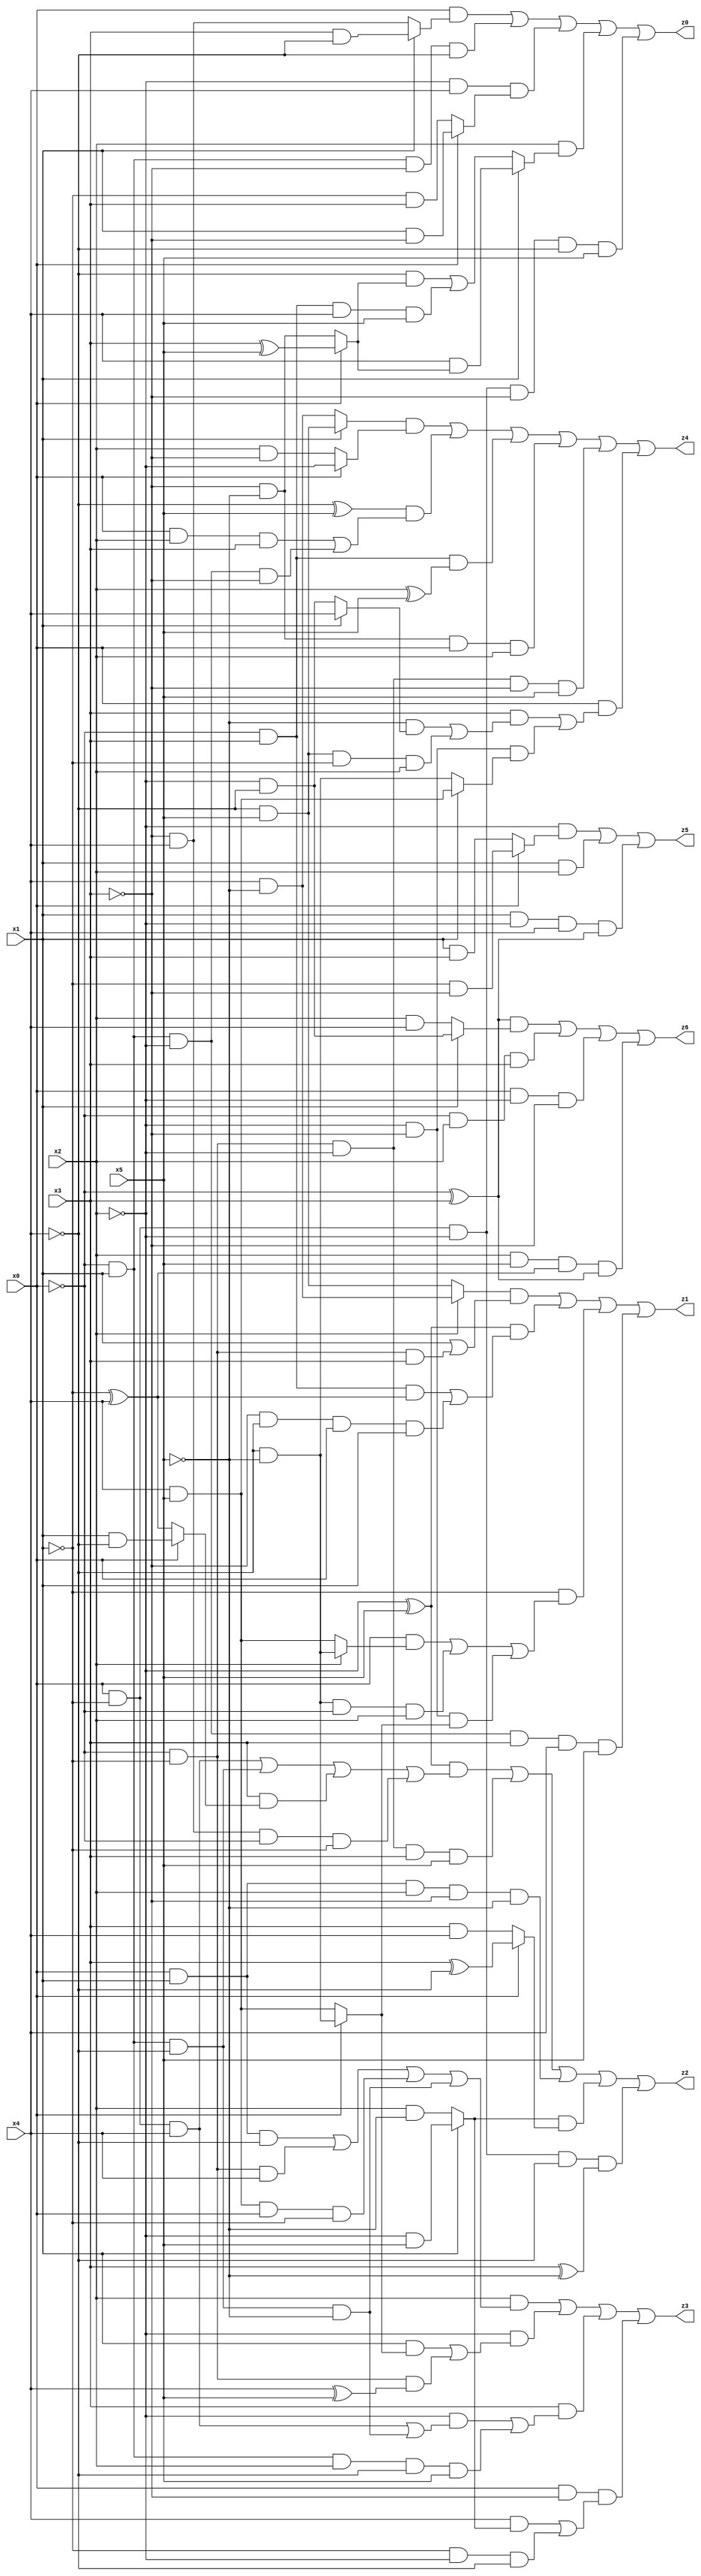
// Benchmark "X_13" written by ABC on Thu Jun 29 21:15:25 2023

module X_13 ( 
    x0, x1, x2, x3, x4, x5,
    z0, z1, z2, z3, z4, z5, z6  );
  input  x0, x1, x2, x3, x4, x5;
  output z0, z1, z2, z3, z4, z5, z6;
  assign z0 = (x0 & (x1 ? (x3 & ~x4) : (~x3 & x4))) | (~x0 & x1 & ~x3 & ~x4) | (~x2 & x4 & (x0 ? (x1 & ~x3) : (~x1 & x3))) | (x2 & (x1 ? (x4 & (x0 ? (x3 ^ x5) : (~x3 & ~x5))) : ((~x4 & (x0 ? (x3 ^ x5) : (~x3 & ~x5))) | (~x0 & x3 & x4 & x5)))) | (x0 & ~x1 & ~x2 & ~x3 & ~x4 & x5);
  assign z1 = ((x2 ? (x4 & ~x5) : (~x4 & x5)) & (x1 | (~x0 & ~x1 & x3))) | ((~x2 ^ x5) & ((~x0 & x3 & (~x1 ^ x4)) | (~x3 & ~x4 & x0 & x1))) | (~x1 & ((x0 & (x2 ? (~x4 & ~x5) : (x4 & x5))) | (~x4 & ~x5 & ~x0 & x2) | (~x2 & ~x3 & (x0 ? (~x4 & ~x5) : (x4 & x5))))) | (~x0 & x1 & ~x2 & x3 & x4 & x5);
  assign z2 = ((~x2 ^ x5) & ((x0 & ~x1 & x4) | (~x0 & x1 & ~x4) | (x3 & (x0 ? (x1 & ~x4) : (~x1 ^ x4))) | (~x3 & x4 & ~x0 & ~x1))) | (~x0 & ~x1 & ~x2 & x3 & x5) | (x0 & x1 & x2 & ~x3 & ~x5) | ((x1 ? (~x2 & x5) : (x2 & ~x5)) & (x0 ? (x3 ^ ~x4) : (x3 & x4))) | (x0 & ~x1 & ~x2 & ~x4 & (x3 ^ ~x5));
  assign z3 = (x2 & ((x0 & x1 & ~x4) | (~x0 & ~x1 & x4) | (x4 & x5 & x0 & ~x1) | (~x0 & x1 & ~x4 & ~x5))) | (~x2 & ((x1 & (x0 ? (~x4 & ~x5) : (x4 & x5))) | (~x0 & ~x1 & (x4 ^ x5)))) | (x3 & ((~x2 & ((x0 & ~x1 & x4) | (~x0 & x1 & ~x4 & ~x5))) | (~x0 & x1 & x2 & ~x4 & x5))) | (x0 & ~x3 & ((x4 & (x1 ? (~x2 & x5) : (x2 & ~x5))) | (~x1 & ~x2 & ~x4)));
  assign z4 = ((x1 ? (~x4 & x5) : (x4 & ~x5)) & (x0 ? ~x2 : (x2 & ~x3))) | ((~x4 ^ x5) & ((x0 & x2 & x3) | (~x0 & x1 & ~x2 & ~x3))) | (~x0 & x3 & (x2 ^ x5)) | (~x3 & ~x5 & x0 & x2) | (~x0 & ~x1 & ~x2 & ~x3 & x5) | (x0 & ((x3 & ((~x5 & (x1 ? x4 : (~x2 & ~x4))) | (~x4 & x5 & ~x1 & x2))) | (~x2 & ~x3 & (x1 ? (x4 & x5) : (~x4 & ~x5)))));
  assign z5 = (~x2 & (x0 ? (~x1 & ~x3) : (x1 & x3))) | (x1 & x2) | (x1 & ~x2 & x4 & (~x0 ^ x3));
  assign z6 = ((~x0 ^ x3) & (x1 ? (~x2 & ~x4) : (x2 & x4))) | (~x0 & x2 & x3) | (x0 & ~x2 & ~x3) | (x2 & x5 & (~x1 ^ x4) & (~x0 ^ x3));
endmodule